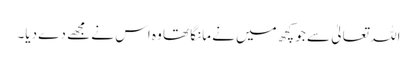
اللہ تعالیٰ سے جو کچھ میں نے مانگا تھا وہ اس نے مجھے دے دیا۔